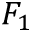
F _ { 1 }